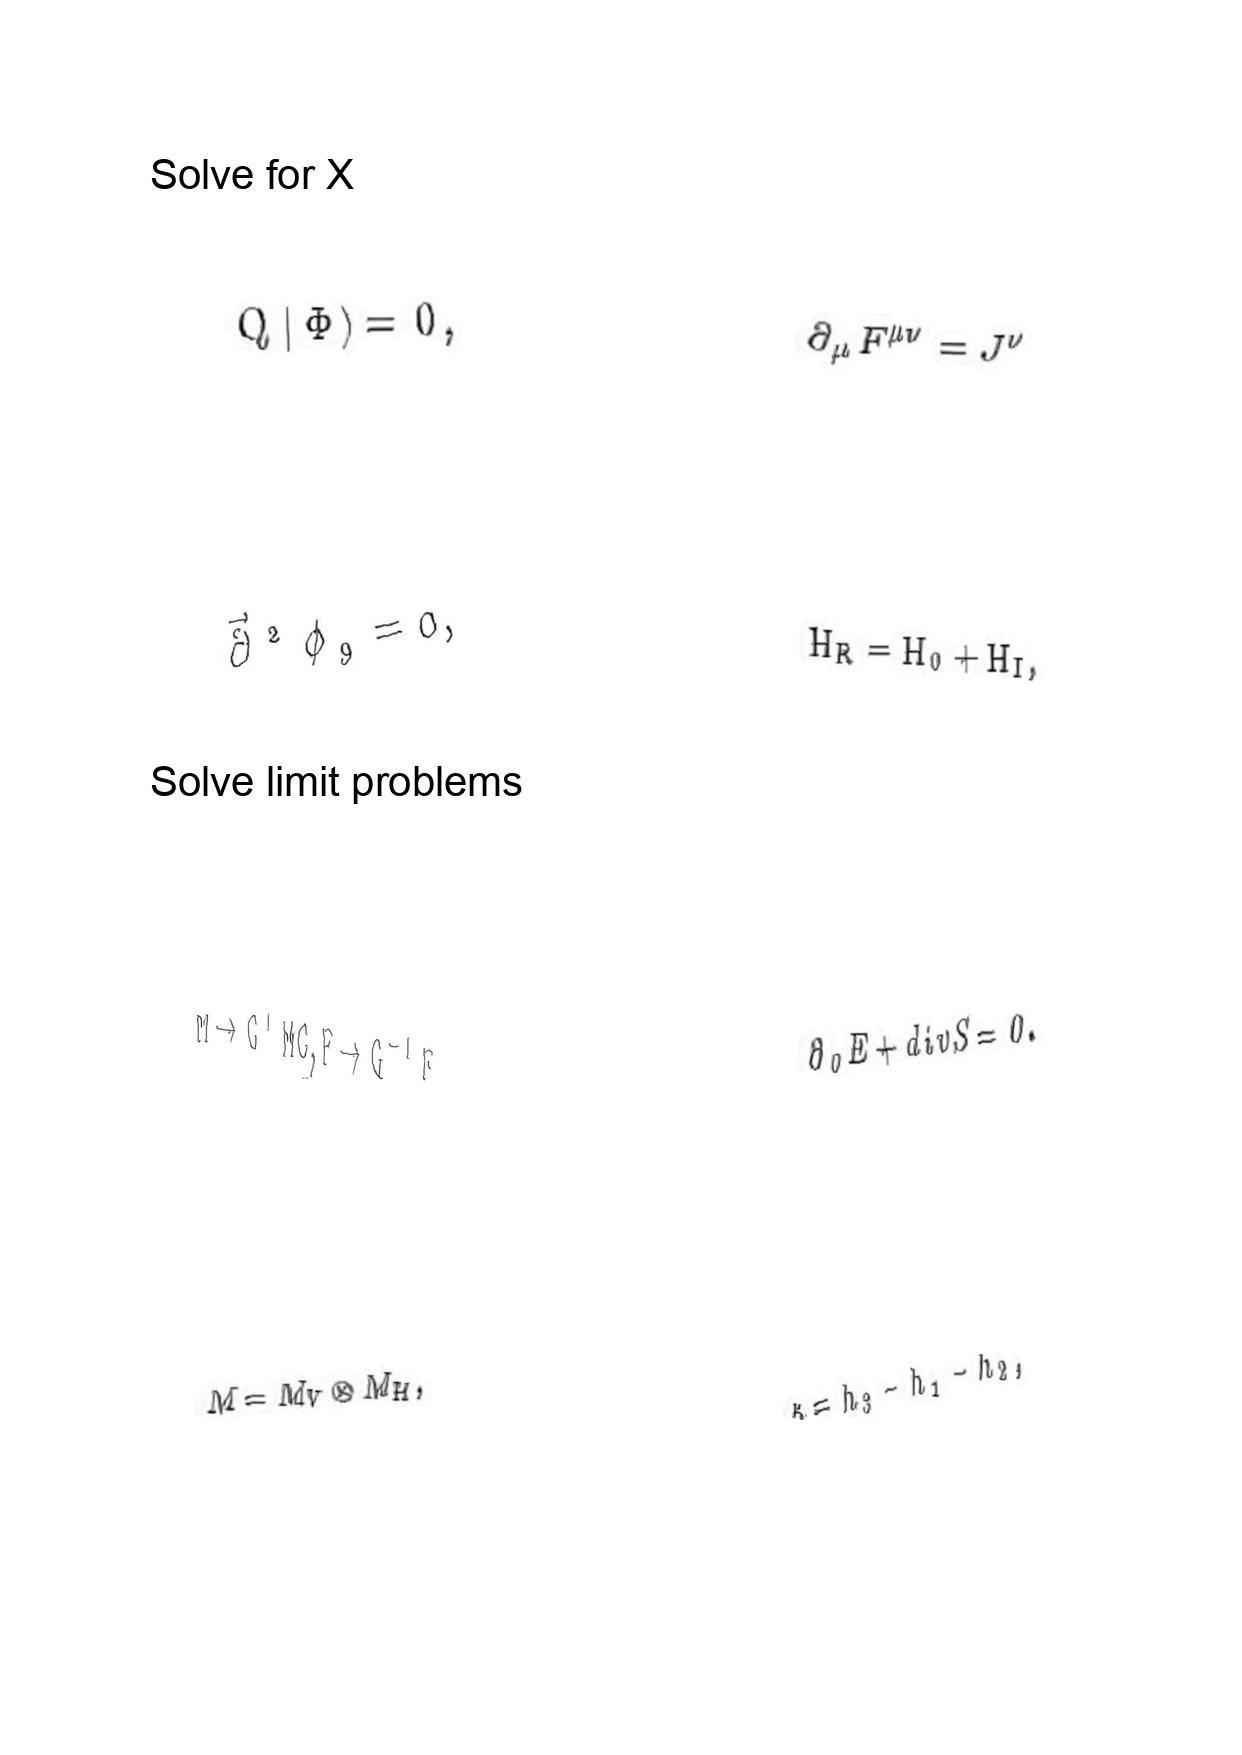
LaTeX transcription:
Q \vert \Phi \rangle = 0 ,
\vec { \partial } ^ { 2 } \phi _ { 9 } = 0 ,
M \to G ^ { T } M G , F \to G ^ { - 1 } F ,
M = M _ { V } \otimes M _ { H } ,
\partial _ { \mu } F ^ { \mu \nu } = J ^ { \nu }
H _ { R } = H _ { 0 } + H _ { I } ,
\partial _ { 0 } E + d i v S = 0 .
\kappa = h _ { 3 } - h _ { 1 } - h _ { 2 } ,